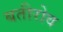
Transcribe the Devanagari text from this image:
बतीरोव